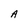
Character: A